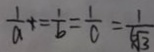
\frac { 1 } { a } + = \frac { 1 } { b } = \frac { 1 } { c } = \frac { 1 } { 6 \sqrt { 3 } }